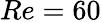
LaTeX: Re=60